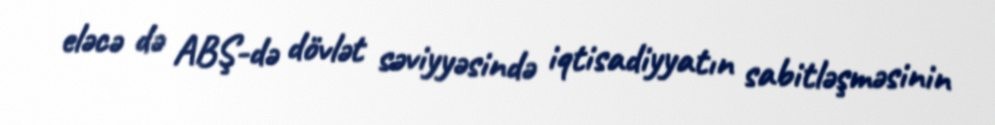
eləcə də ABŞ-də dövlət səviyyəsində iqtisadiyyatın sabitləşməsinin